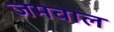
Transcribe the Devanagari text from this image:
जमवाल